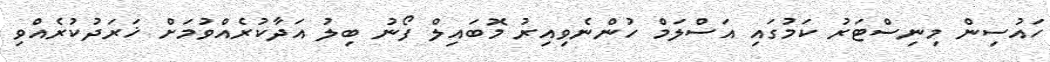
ހައުސިން މިނިސްޓަރު ކަމުގައި އަސްލަމް ހުންނެވިއިރު މޮބައިލް ފޯނު ބިލު އަދާކުރެއްވުމަށް ޚަރަދުކުރެއްވި